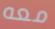
معه